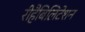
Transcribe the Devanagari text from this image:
रीहैबिलिटेशन